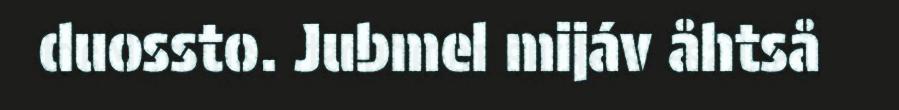
duossto. Jubmel mijáv åhtså